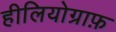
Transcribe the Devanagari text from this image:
हीलियोग्राफ़